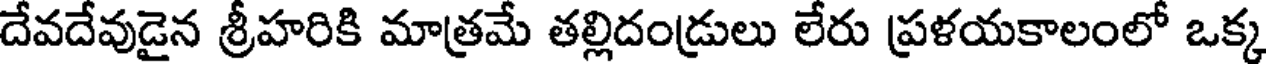
దేవదేవుడైన శ్రీహరికి మాత్రమే తల్లిదండ్రులు లేరు ప్రళయకాలంలో ఒక్క